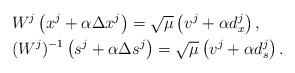
LaTeX: \begin{align*}&W^j\left(x^j+\alpha \Delta x^j\right)= \sqrt{\mu}\left(v^j+\alpha d_x^j\right), \\&(W^j)^{-1}\left(s^j+\alpha \Delta s^j\right)= \sqrt{\mu}\left(v^j+\alpha d_s^j\right).\end{align*}